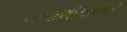
બજાણીયાઓની